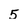
Character: 5